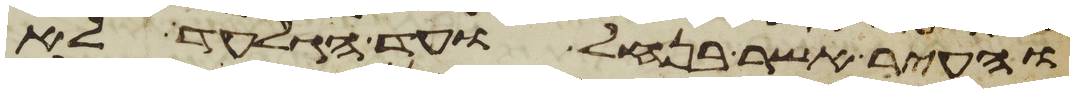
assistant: והעיר אשר בנחל ועד הגלעד לא